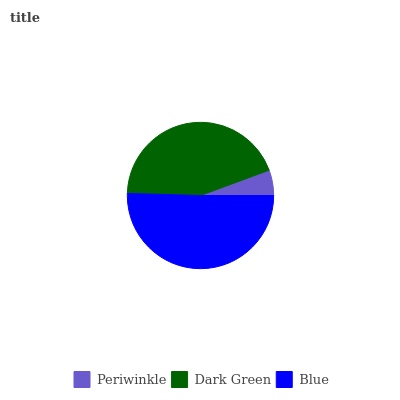
| Periwinkle | Dark Green | Blue |
 | --- | --- | --- |
 | 5.62% | 43.9% | 50.5% |